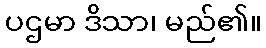
ပဌမာ ဒိသာ၊ မည်၏။